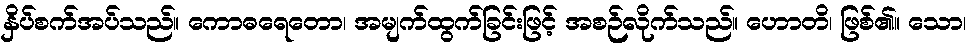
နှိပ်စက်အပ်သည်။ ကောဓရေတော၊ အမျက်ထွက်ခြင်းဖြင့် အစဉ်လိုက်သည်။ ဟောတိ၊ ဖြစ်၏။ သော၊